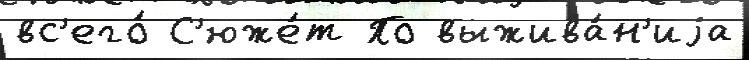
вс'его́ С'юже́т По выжива́н'иjа